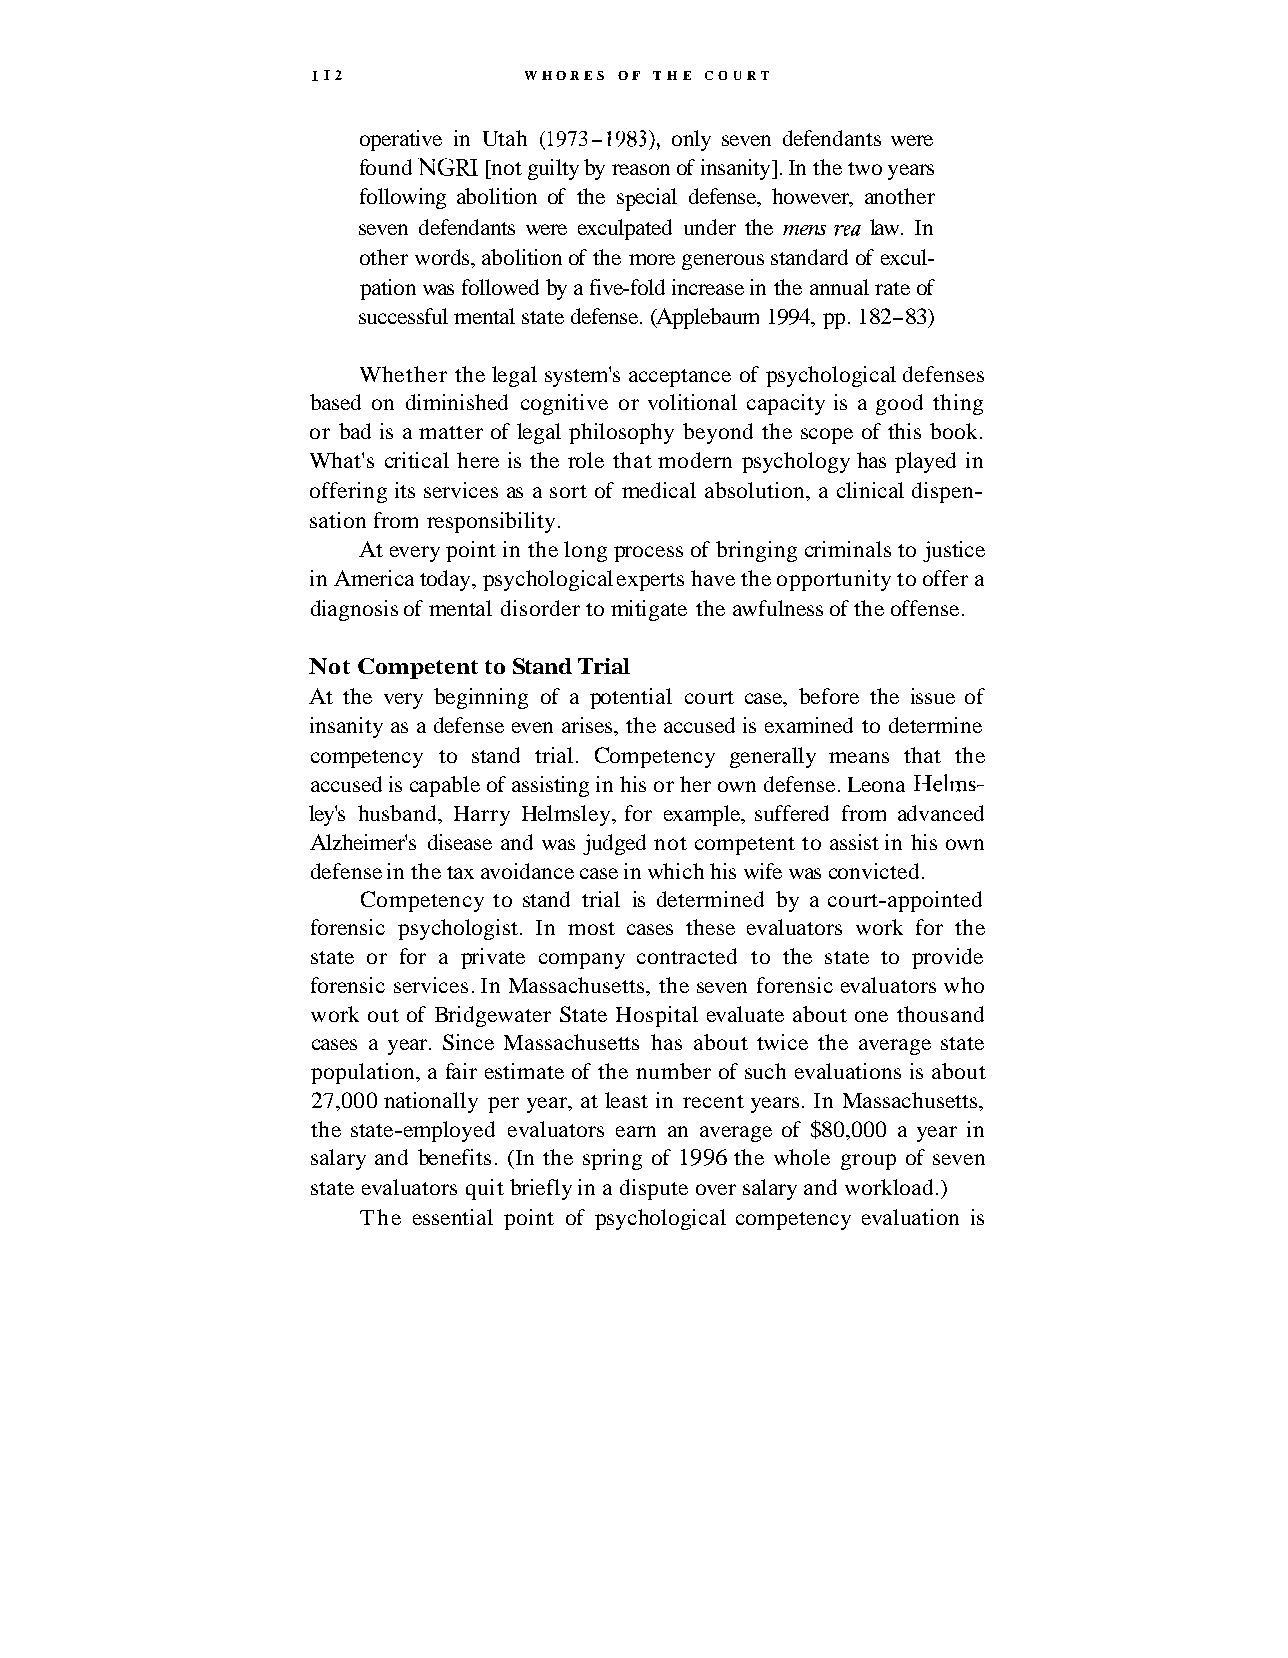
I12           WHORES OF THE COURT
 operative in Utah (1973 - 1983), only seven defendants were
 found NGRI [not guilty by reason of insanity]. In the two years
 following abolition of the special defense, however, another
 seven defendants were exculpated under the mens yea law. In
 other words, abolition of the more generous standard of excul-
 pation was followed by a five-fold increase in the annual rate of
 successful mental state defense. (Applebaum 1994, pp. 182-83)
 Whether the legal system's acceptance of psychological defenses
 based on diminished cognitive or volitional capacity is a good thing
 or bad is a matter of legal philosophy beyond the scope of this book.
 What's critical here is the role that modern psychology has played in
 offering its services as a sort of medical absolution, a clinical dispen-
 sation from responsibility.
 At every point in the long process of bringing criminals to justice
 in America today, psychological experts have the opportunity to offer a
 diagnosis of mental disorder to mitigate the awfulness of the offense.
 Not Competent to Stand Trial
 At the very beginning of a potential court case, before the issue of
 insanity as a defense even arises, the accused is examined to determine
 competency to stand trial. Competency generally means that the
 accused is capable of assisting in his or her own defense. Leona Helms-
 ley's husband, Harry Helmsley, for example, suffered from advanced
 Alzheimer's disease and was judged not competent to assist in his own
 defense in the tax avoidance case in which his wife was convicted.
 Competency to stand trial is determined by a court-appointed
 forensic psychologist. In most cases these evaluators work for the
 state or for a private company contracted to the state to provide
 forensic services. In Massachusetts, the seven forensic evaluators who
 work out of Bridgewater State Hospital evaluate about one thousand
 cases a year. Since Massachusetts has about twice the average state
 population, a fair estimate of the number of such evaluations is about
 27,000 nationally per year, at least in recent years. In Massachusetts,
 the state-employed evaluators earn an average of $80,000 a year in
 salary and benefits. (In the spring of 1996 the whole group of seven
 state evaluators quit briefly in a dispute over salary and workload.)
 The essential point of psychological competency evaluation is